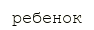
ребенок